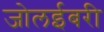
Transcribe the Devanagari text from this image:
जोलईबरी